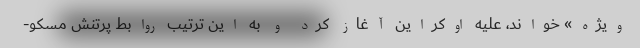
ویژه» خواند، علیه اوکراین آغاز کرد و به این ترتیب روابط پرتنش مسکو-